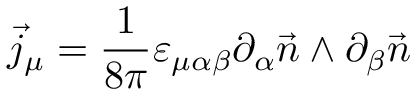
\vec { j } _ { \mu } = \frac { 1 } { 8 \pi } \varepsilon _ { \mu \alpha \beta } \partial _ { \alpha } \vec { n } \wedge \partial _ { \beta } \vec { n }